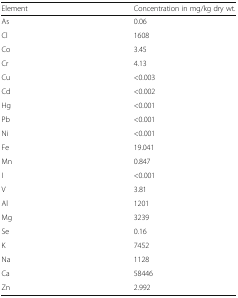
| Element | Concentration in mg/kg dry wt. |
 | --- | --- |
 | As | 0.06 |
 | Cl | 1608 |
 | Co | 3.45 |
 | Cr | 4.13 |
 | Cu | <0.003 |
 | Cd | <0.002 |
 | Hg | <0.001 |
 | Pb | <0.001 |
 | Ni | <0.001 |
 | Fe | 19.041 |
 | Mn | 0.847 |
 | I | <0.001 |
 | V | 3.81 |
 | Al | 1201 |
 | Mg | 3239 |
 | Se | 0.16 |
 | K | 7452 |
 | Na | 1128 |
 | Ca | 58446 |
 | Zn | 2.992 |